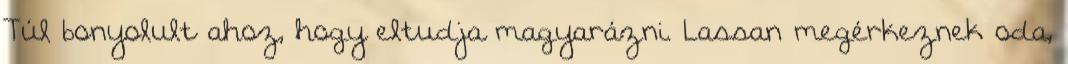
Túl bonyolult ahoz, hogy eltudja magyarázni. Lassan megérkeznek oda,